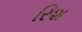
રિશ